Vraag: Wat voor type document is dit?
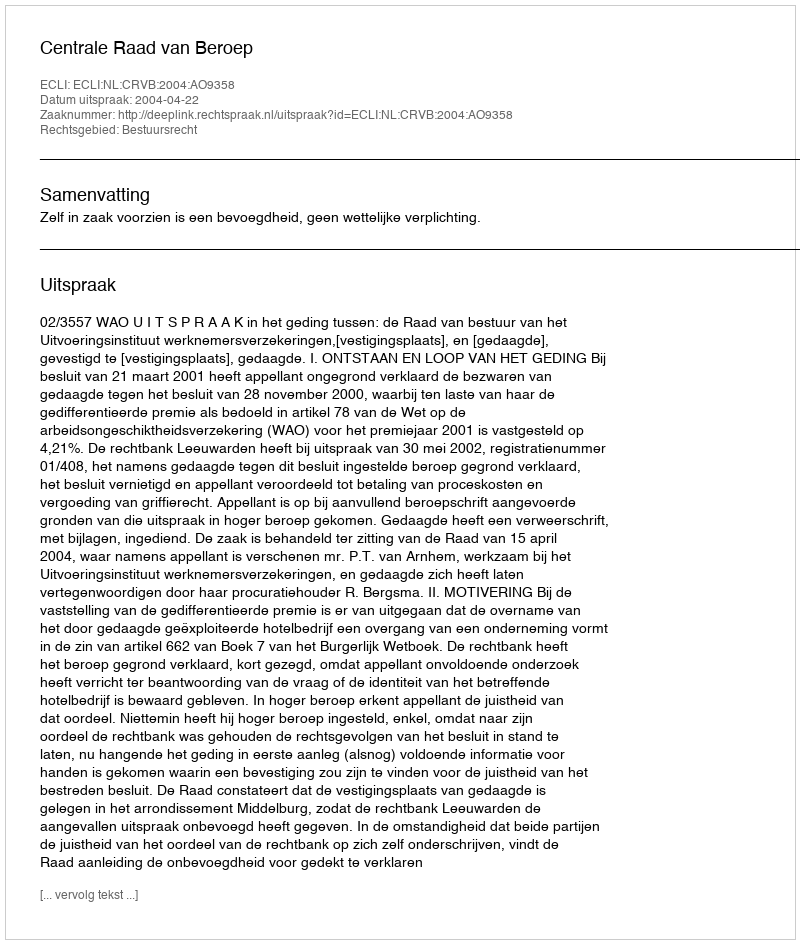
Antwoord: Uitspraak